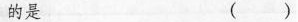
的是 ()